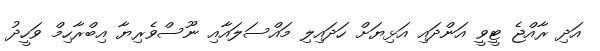
އަދި ރާއްޖެ ޓީވީ އަންދައި އަޅިޔަށް ހަދައިލި މައްސަލައާއި ނޫސްވެރިޔާ އިބްރާހިމް ވަހީދު